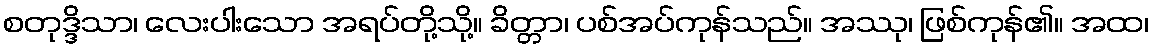
စတုဒ္ဒိသာ၊ လေးပါးသော အရပ်တို့သို့။ ခိတ္တာ၊ ပစ်အပ်ကုန်သည်။ အဿု၊ ဖြစ်ကုန်၏။ အထ၊